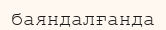
баяндалғанда